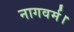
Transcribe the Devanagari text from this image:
नागवर्म।